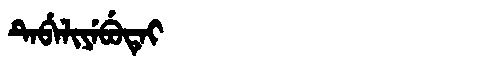
Manchu: ᡨᡝᠪᡝᠯᡳᠶᡝᠪᡠᡨᡝᡳ
Romanization: TEBELIYEBUTEI